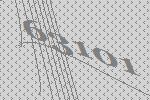
63101